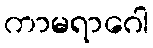
ကာမရာဂေါ